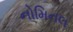
નોમિનલ